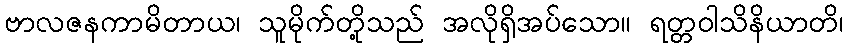
ဗာလဇနကာမိတာယ၊ သူမိုက်တို့သည် အလိုရှိအပ်သော။ ရတ္တဝါသိနိယာတိ၊